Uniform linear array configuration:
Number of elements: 48
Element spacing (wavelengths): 0.25
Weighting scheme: uniform
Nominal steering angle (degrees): -30
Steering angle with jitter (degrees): -31.993
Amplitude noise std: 0.05
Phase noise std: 0.05

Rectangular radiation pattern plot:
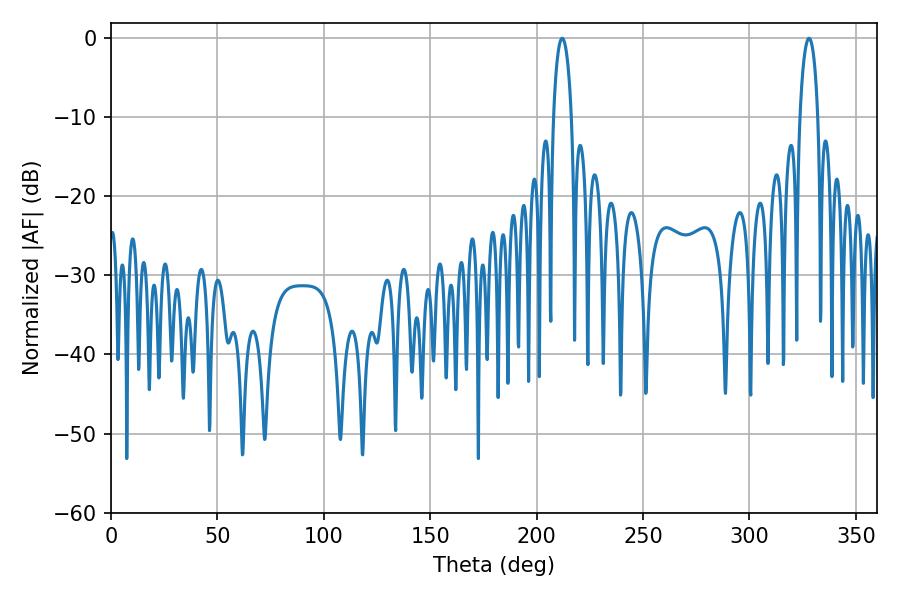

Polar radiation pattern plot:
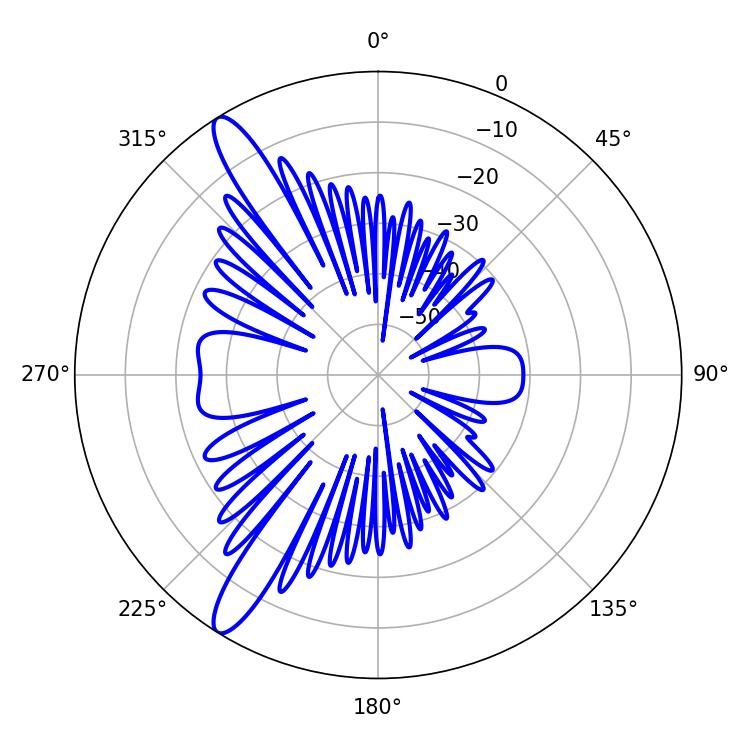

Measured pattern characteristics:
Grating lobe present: FALSE
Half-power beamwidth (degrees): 4.68
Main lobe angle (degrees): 212.04